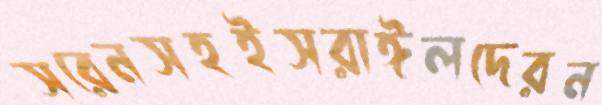
সরেনসহইসরাঈলদেরন